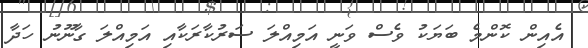
އެއިން ކޮންމެ ބަޔަކު ވެސް ވަނީ އަމިއްލަ ސަރުކާރަކާއި އަމިއްލަ ގާނޫނު ހަދާ